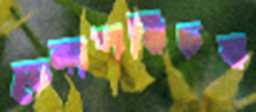
চেনাপরিচয়